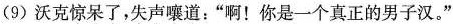
(9)沃克惊呆了，失声嚷道：”啊！你是一个真正的男子汉。”